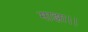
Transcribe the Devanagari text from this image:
माझा।।